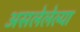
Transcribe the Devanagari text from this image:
असलेलेल्या